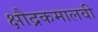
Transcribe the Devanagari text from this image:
क्षौद्रकमालवी